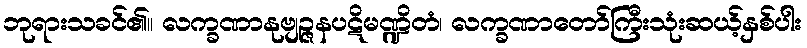
ဘုရားသခင်၏။ လက္ခဏာနုဗျဉ္ဇနပဋိမဏ္ဍိတံ၊ လက္ခဏာတော်ကြီးသုံးဆယ့်နှစ်ပါး